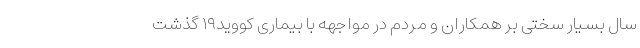
سال بسیار سختی بر همکاران و مردم در مواجهه با بیماری کووید۱۹ گذشت